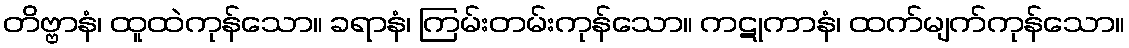
တိဗ္ဗာနံ၊ ထူထဲကုန်သော။ ခရာနံ၊ ကြမ်းတမ်းကုန်သော။ ကဋုကာနံ၊ ထက်မျက်ကုန်သော။